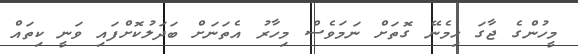
މީހުންގެ ޖާގަ ހިމެނޭ ގޮތަށް ނަމަވެސް މިހާރު އެތަނަށް ބަދަލުކޮށްފައި ވަނީ ކިތައް